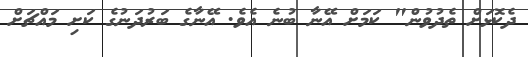
ދެކޮޅަށް ތެދުވުން" ކަމަށް އޭނާ ބުނެ އެވެ. އޭނާގެ ބަރުދަނުގެ ކަށި މައްޗަށް